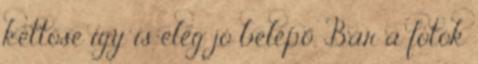
kettőse így is elég jó belépő. Bár a fotók